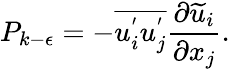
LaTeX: P_{k-\epsilon}=-\overline{{u_{i}^{'}u_{j}^{'}}}\frac{\partial\widetilde{u}_{i}}{\partial x_{j}}.